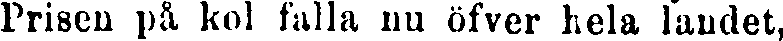
Prisen på kol falla nu öfver hela landet,